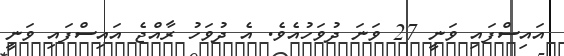
އައިސްފައި ވަނީ 27 ވަނަ ދުވަހުއެވެ. އެ ދުވަހު ރާއްޖެ އައިސްފައި ވަނީ